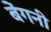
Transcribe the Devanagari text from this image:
बेंगनी